Cholera in India, 1862 to 1881
Year: 1862
Disease focus: Cholera
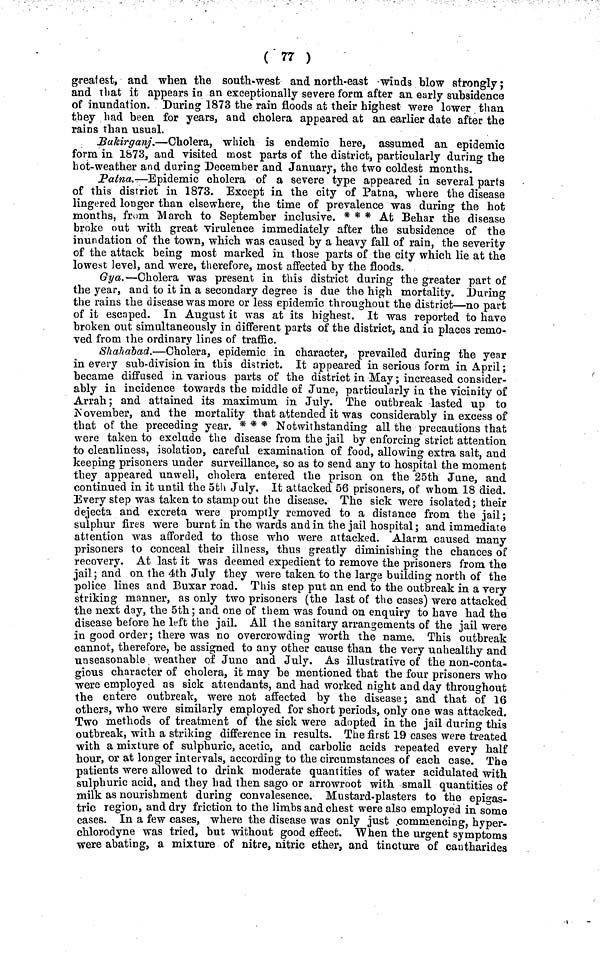
( 77 )
greatest, and when the south-west and north-east winds blow strongly;
and that it appears in an exceptionally severe form after an early subsidence
of inundation. During 1873 the rain floods at their highest were lower than
they had been for years, and cholera appeared at an earlier date after the
rains than usual.
Bakirganj.—Cholera, which is endemic here, assumed an epidemic
form in 1873, and visited most parts of the district, particularly during the
hot-weather and during December and January, the two coldest months.
Patna,—Epidemic cholera of a severe type appeared in several parts
of this district in 1873. Except in the city of Patna, where the disease
lingered longer than elsewhere, the time of prevalence was during the hot
months, from March to September inclusive. * * * At Behar the disease
broke out with great virulence immediately after the subsidence of the
inundation of the town, which was caused by a heavy fall of rain, the severity
of the attack being most marked in those parts of the city which lie at the
lowest level, and were, therefore, most affected by the floods.
Gya.—Cholera was present in this district during the greater part of
the year, and to it in a secondary degree is due the high mortality. During
the rains the disease was more or less epidemic throughout the district—no part
of it escaped. In August it was at its highest. It was reported to have
broken out simultaneously in different parts of the district, and in places remo-
ved from the ordinary lines of traffic.
Shahabad.—Cholera, epidemic in character, prevailed during the year
in every sub-division in this district. It appeared in serious form in April;
became diffused in various parts of the district in May; increased consider-
ably in incidence towards the middle of June, particularly in the vicinity of
Arrah; and attained its maximum in July. The outbreak lasted up to
November, and the mortality that attended it was considerably in excess of
that of the preceding year. * * * Notwithstanding all the precautions that
were taken to exclude the disease from the jail by enforcing strict attention
to cleanliness, isolation, careful examination of food, allowing extra salt, and
keeping prisoners under surveillance, so as to send any to hospital the moment
they appeared unwell, cholera entered the prison on the 25th June, and
continued in it until the 5th July, It attacked 56 prisoners, of whom 18 died.
Every step was taken to stamp out the disease. The sick were isolated; their
dejecta and excreta were promptly removed to a distance from the jail;
sulphur fires were burnt in the wards and in the jail hospital; and immediate
attention was afforded to those who were attacked. Alarm caused many
prisoners to conceal their illness, thus greatly diminishing the chances of
recovery. At last it was deemed expedient to remove the prisoners from the
jail; and on the 4th July they were taken to the large building north of the
police lines and Buxar road. This step put an end to the outbreak in a very
striking manner, as only two prisoners (the last of the cases) were attacked
the next day, the 5th; and one of them was found on enquiry to have had the
disease before he left the jail. All the sanitary arrangements of the jail were
in good order; there was no overcrowding worth the name. This outbreak
cannot, therefore, be assigned to any other cause than the very unhealthy and
unseasonable weather of June and July. As illustrative of the non-conta-
gious character of cholera, it may be mentioned that the four prisoners who
were employed as sick attendants, and had worked night and day throughout
the entere outbreak, were not affected by the disease; and that of 16
others, who were similarly employed for short periods, only one was attacked.
Two methods of treatment of the sick were adopted in the jail during this
outbreak, with a striking difference in results. The first 19 cases were treated
with a mixture of sulphuric, acetic, and carbolic acids repeated every half
hour, or at longer intervals, according to the circumstances of each case. The
patients were allowed to drink moderate quantities of water acidulated with
sulphuric acid, and they had then sago or arrowroot with small quantities of
milk as nourishment during convalesence. Mustard-plasters to the epigas-
tric region, and dry friction to the limbs and chest were also employed in some
cases. In a few cases, where the disease was only just commencing, hyper-
chlorodyne was tried, but without good effect. When the urgent symptoms
were abating, a mixture of nitre, nitric ether, and tincture of cautharides